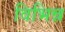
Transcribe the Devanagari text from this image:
विभिन्न